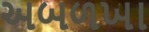
અબળખા